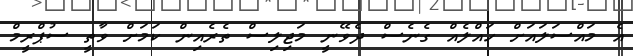
އެ މައްސަލައަށް ހައްލެއް ގެނެސް ދެވޭނީ މަޖިލިސް ތެރެއިން ކަމަށް ވާތީ ސުޕްރީމް